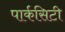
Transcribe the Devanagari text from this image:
पार्कसिटी